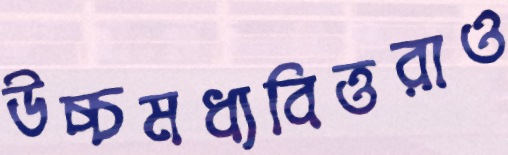
উচ্চমধ্যবিত্তরাও